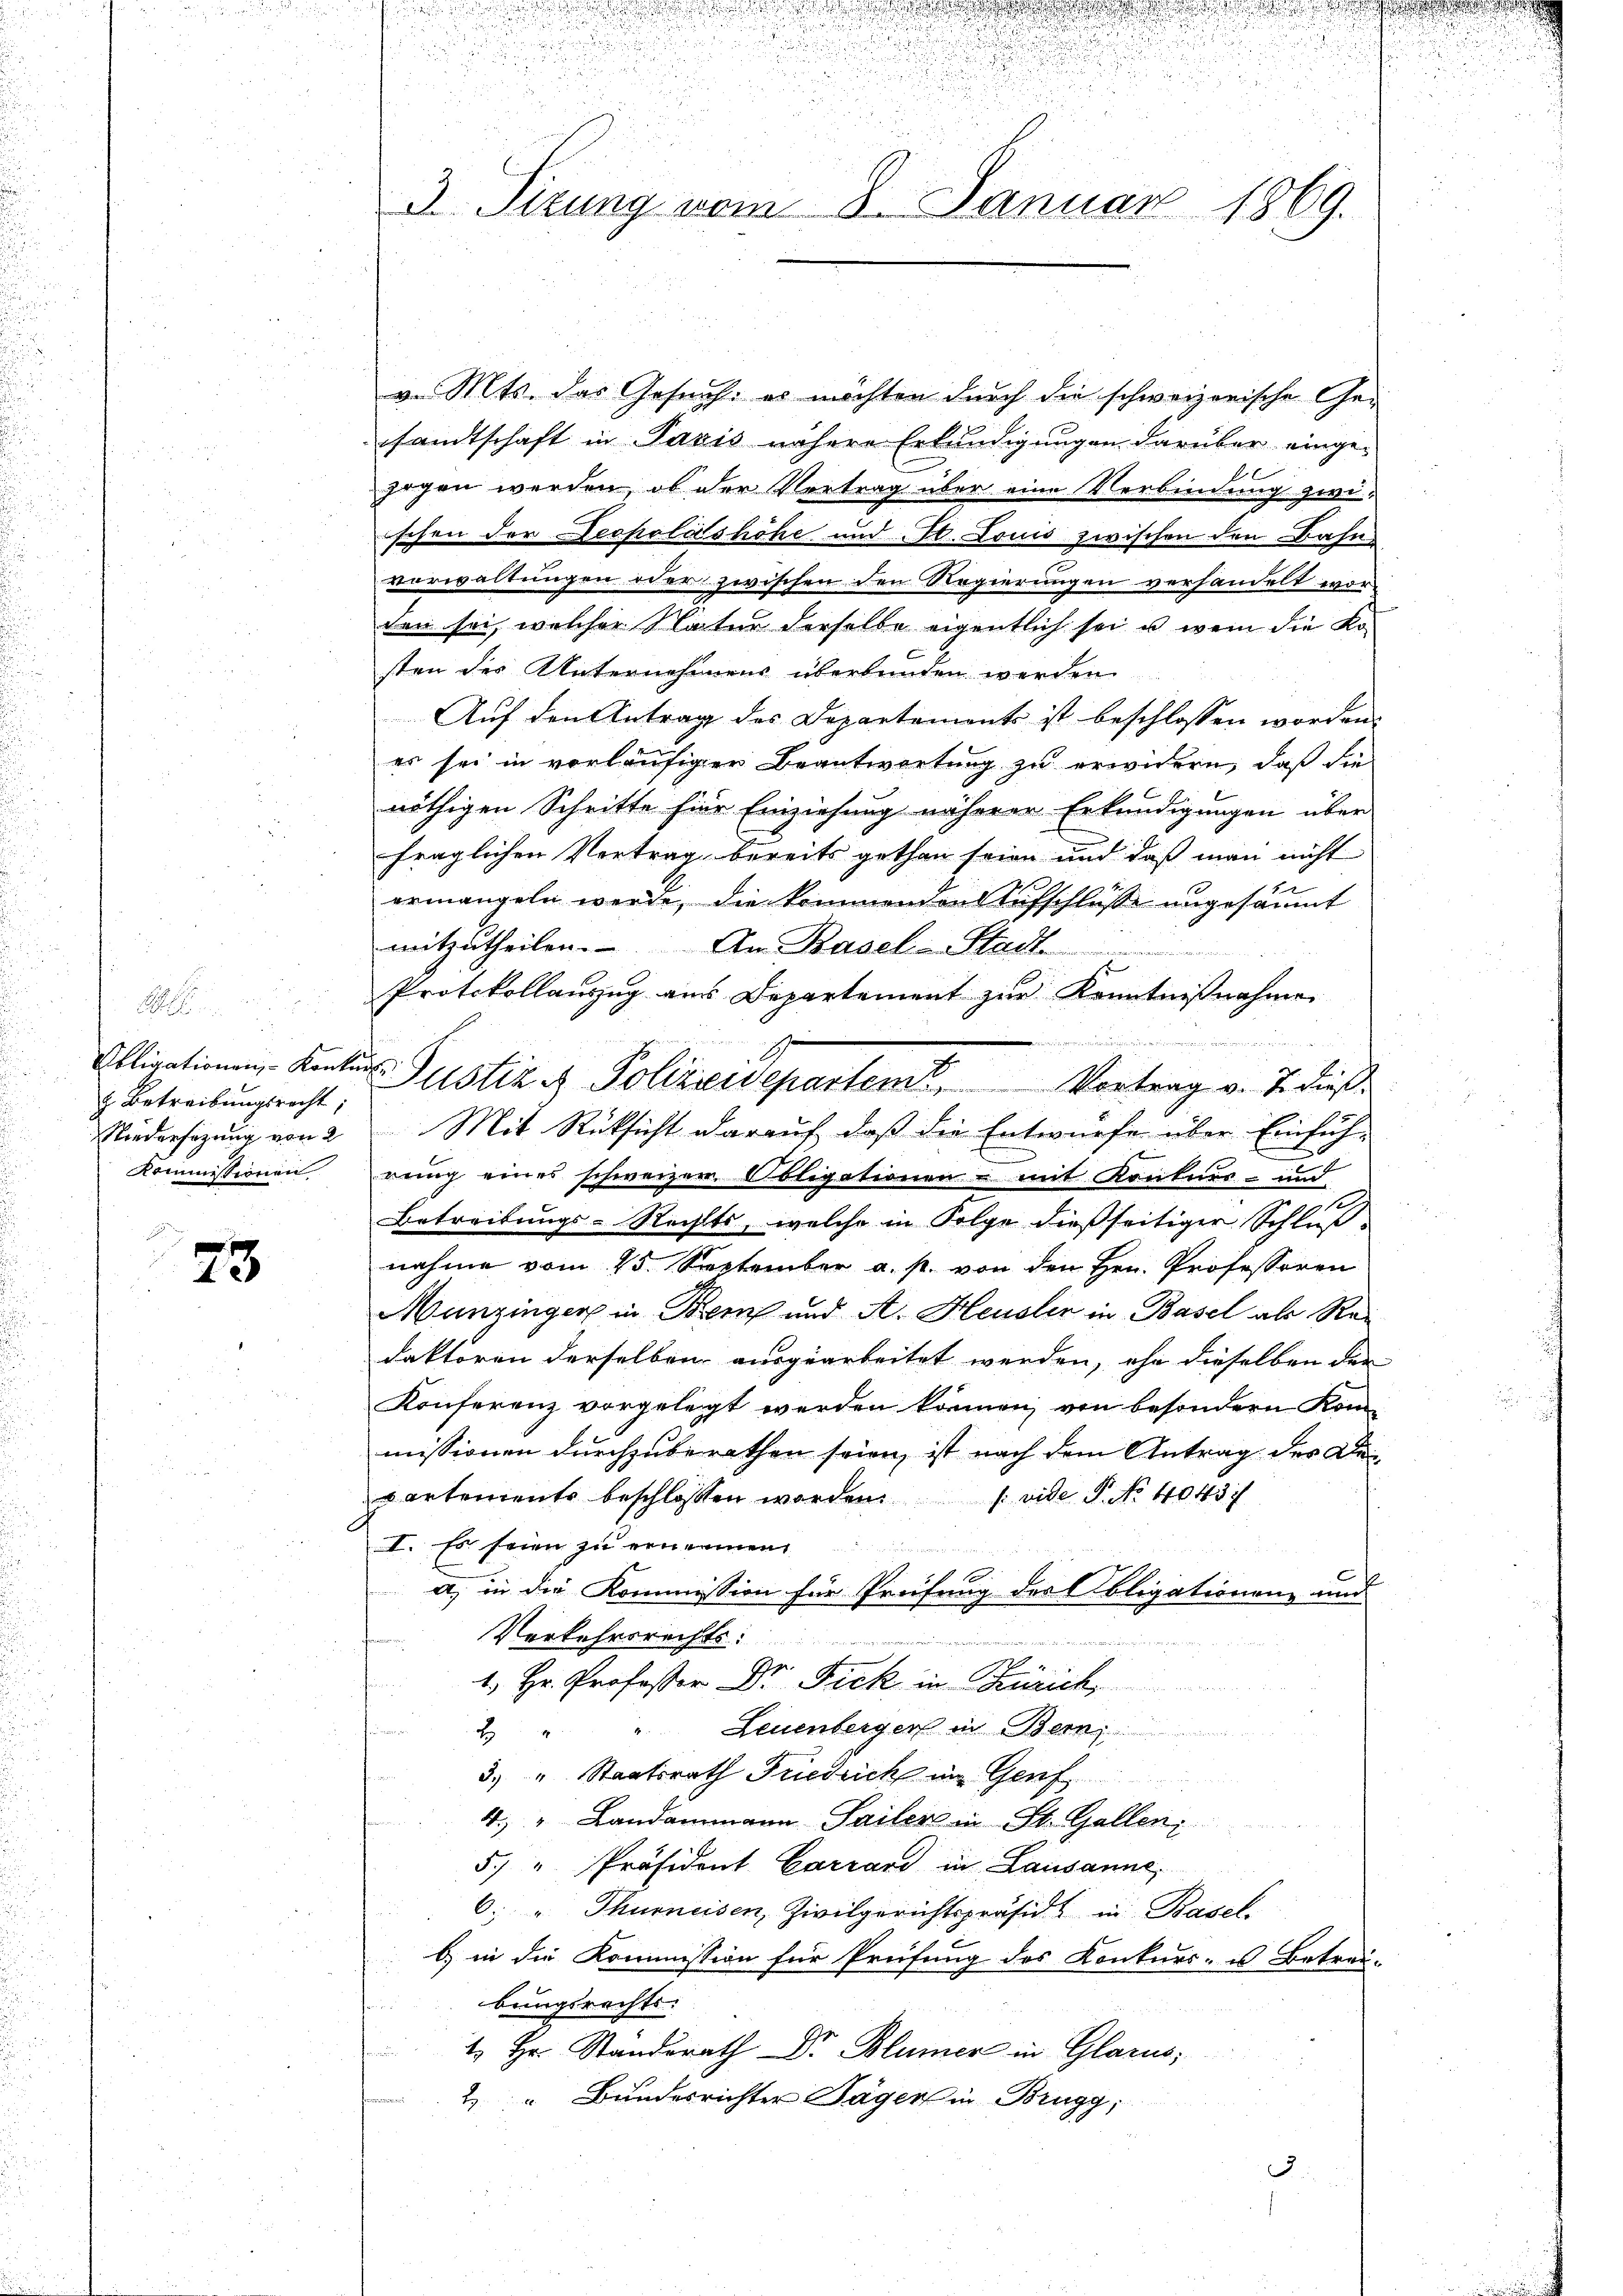
.
i
Poligationen, Konkurs¬
 Betreibungsrecht;
Kommissionen

23.

3 Tizung vom 8. Januar 1869.

n

.

.

v. Mts. das Gesuch: es möchten durch die schweizerische Ge-
sandtschaft in Pavis nähere Erkundigungen darüber einge-
zogen werden, ob der Vertrag über eine Verbindung zwischen der Despolitshöhe und St. Louis zwischen den Bahn
vorwaltungen oder zwischen den Regierungen verhandelt wor-
den sei, welcher Natur derselbe eigentlich sei u. wenn die Kosten der Unternehmens überbunden werden
Auf den Antrag des Departements ist beschlossen worden.
es sei in vorläufiger Beantwortung zu erwidern, daß die
nöthigen Schritte für Einziehung näherer Erkundigungen über
fraglichen Vertrag bereits gethan seien und daß man nicht
ormangeln werde, die kommenden Aufschlüsse ungesäumt
mitzutheilen. An Basel-Stadt
Protokollanzug aus Departement zur Kenntnißnahme

2
Niedersezung von 2 Mit Rücksicht darauf, daß die Entwurfe über Einfüh-
rung eines schweizer Obligationen – mit Konkurs- und
Betreibungs-Rechts, welche in Folge dießseitiger Schluß-
nahme vom 15. September a. p. von den Hrn. Professoren
Munzinger in Bern und A. Heusler in Basel als Redaktoren derselben ausgearbeitet werden, ehe dieselben der
Konferenz vorgelegt werden können, von besondern Kom-
missionen durchzuberathen seien, ist nach dem Antrag des De¬
Cartements beschlossen worden. (vide P. No 110437
I. Es seien zu ernennen
e
a, in die Kommission für Prüfung des Obligationen und
Verkehrsrechts
1. Hr. Professor Dr. Fick in Zürich
Leuenberger in Bern
2
3. " Staatsrath Friedrich in Genf
4.) " Landammann Sailer in St. Gallen;
5 " Präsident Carrand in Lausanne,
6. " Thurneisen, Zivilgerichtspräsidi in Basel.
b) in die Kommission für Prüfung des Konkurs- u Betrei-
bungsrechts-
¬
 Hr. Standsrath Dr. Blümer in Glarus,
2 " Bundesrichter Jäger in Brugg,
3.

Justiz & Polizeidepartent. Vortrag v. Teras.

d

u